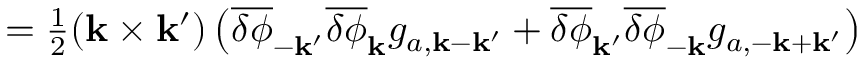
\begin{array} { r } { = \frac { 1 } { 2 } ( { \bf k } \times { \bf k } ^ { \prime } ) \left( \overline { { \delta \phi } } _ { - { \bf k } ^ { \prime } } \overline { { \delta \phi } } _ { \bf k } g _ { a , { \bf k } - { \bf k } ^ { \prime } } + \overline { { \delta \phi } } _ { { \bf k } ^ { \prime } } \overline { { \delta \phi } } _ { - \bf k } g _ { a , { - \bf k } + { \bf k } ^ { \prime } } \right) } \end{array}